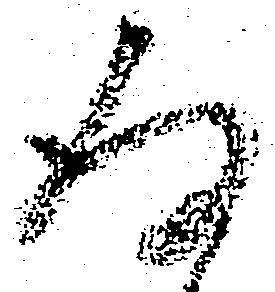
存